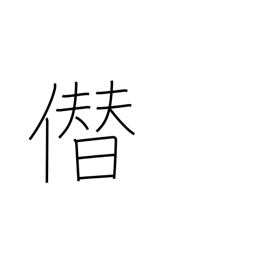
Meaning: boastfully usurp